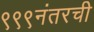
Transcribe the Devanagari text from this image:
९९९नंतरची